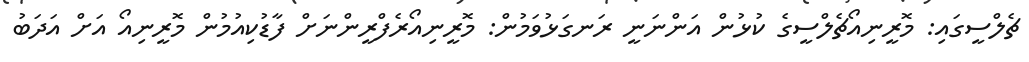
ޗެލްސީގައި: މޮރީނިއޯޗެލްސީގެ ކުޅުން އަންނަނީ ރަނގަޅުވަމުން: މޮރީނިއޯރެފްރީންނަށް ފާޑުކިއުމުން މޮރީނިއޯ އަށް އަދަބު